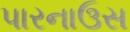
પારનાઉસ